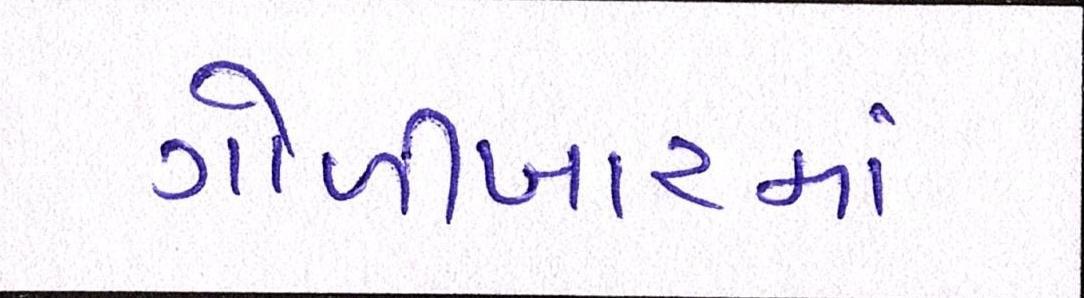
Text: ગોળીબારમાં